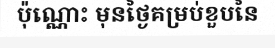
ប៉ុណ្ណោះ មុនថ្ងៃគម្រប់ខួបនៃ